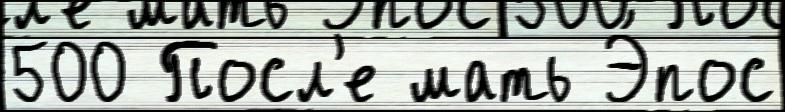
500 Посл'е мать Э́пос